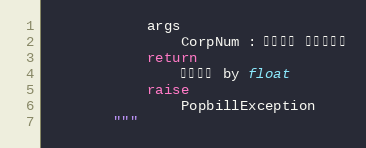
Language: Python
            args
                CorpNum : 팝빌회원 사업자번호
            return
                발행단가 by float
            raise
                PopbillException
        """